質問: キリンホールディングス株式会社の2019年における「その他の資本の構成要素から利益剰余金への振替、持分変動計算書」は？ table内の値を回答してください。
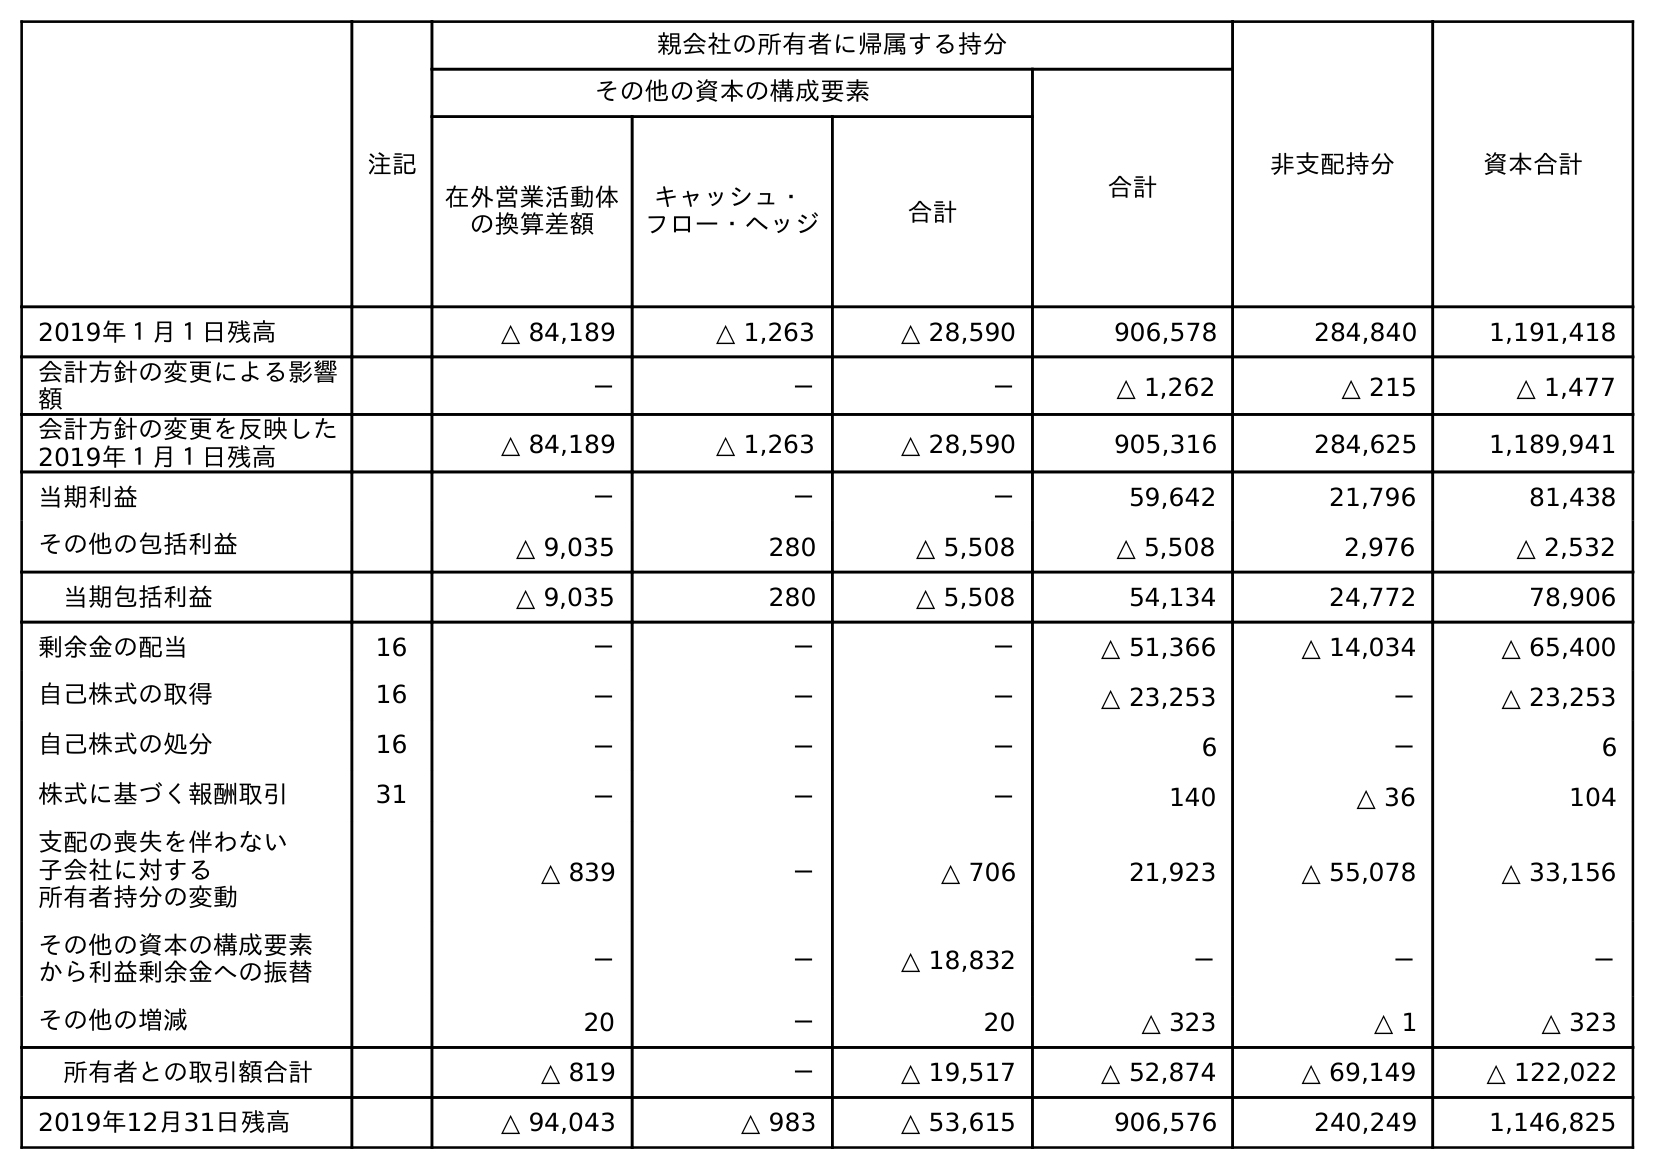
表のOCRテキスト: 注記 親会社の所有者に帰属する持分 非支配持分 資本合計 その他の資本の構成要素 合計 在外営業活動体 の換算差額 キャッシュ・ フロー・ヘッジ 合計 2019年１月１日残高 △ 84,189 △ 1,263 △ 28,590 906,578 284,840 1,191,418 会計方針の変更による影響 額 － － － △ 1,262 △ 215 △ 1,477 会計方針の変更を反映した 2019年１月１日残高 △ 84,189 △ 1,263 △ 28,590 905,316 284,625 1,189,941 当期利益 － － － 59,642 21,796 81,438 その他の包括利益 △ 9,035 280 △ 5,508 △ 5,508 2,976 △ 2,532 当期包括利益 △ 9,035 280 △ 5,508 54,134 24,772 78,906 剰余金の配当 16 － － － △ 51,366 △ 14,034 △ 65,400 自己株式の取得 16 － － － △ 23,253 － △ 23,253 自己株式の処分 16 － － － 6 － 6 株式に基づく報酬取引 31 － － － 140 △ 36 104 支配の喪失を伴わない 子会社に対する 所有者持分の変動 △ 839 － △ 706 21,923 △ 55,078 △ 33,156 その他の資本の構成要素 から利益剰余金への振替 － － △ 18,832 － － － その他の増減 20 － 20 △ 323 △ 1 △ 323 所有者との取引額合計 △ 819 － △ 19,517 △ 52,874 △ 69,149 △ 122,022 2019年12月31日残高 △ 94,043 △ 983 △ 53,615 906,576 240,249 1,146,825
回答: －